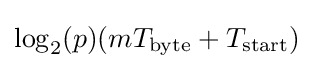
\log _{2}(p)(mT_{\text{byte}}+T_{\text{start}})